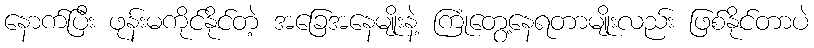
နောက်ပြီး ဖုန်းမကိုင်နိုင်တဲ့ အခြေအနေမျိုးနဲ့ ကြုံတွေ့နေရတာမျိုးလည်း ဖြစ်နိုင်တာပဲ